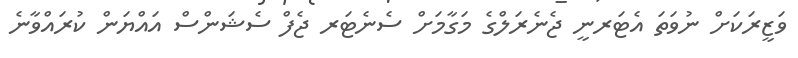
ވަޒީރަކަށް ނުވަތަ އެޓަރނީ ޖެނެރަލްގެ މަގާމަށް ސެނެޓަރ ޖެފް ސެޝަންސް އައްޔަން ކުރައްވާނެ